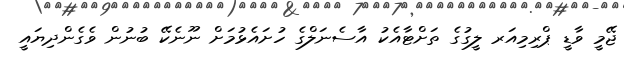
ޖޭމީ ވާޑީ ޕްރިމިއަރ ލީގުގެ ތަށްޓާއެކު އާސެނަލްގެ ހުށައެޅުމަށް ނޫނެކޭ ބުނުން ވެގެންދިޔައީ